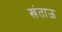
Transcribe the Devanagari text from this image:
खंताऊ